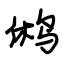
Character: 鸺